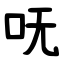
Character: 呒